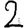
Digit: 2